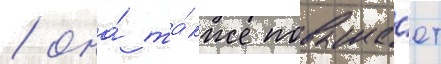
/ она́ та́кже повыша́ет